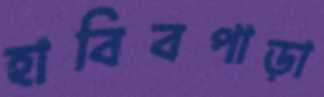
হাবিবপাড়া